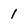
Character: 1